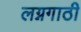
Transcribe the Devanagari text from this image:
लग्नगाठी